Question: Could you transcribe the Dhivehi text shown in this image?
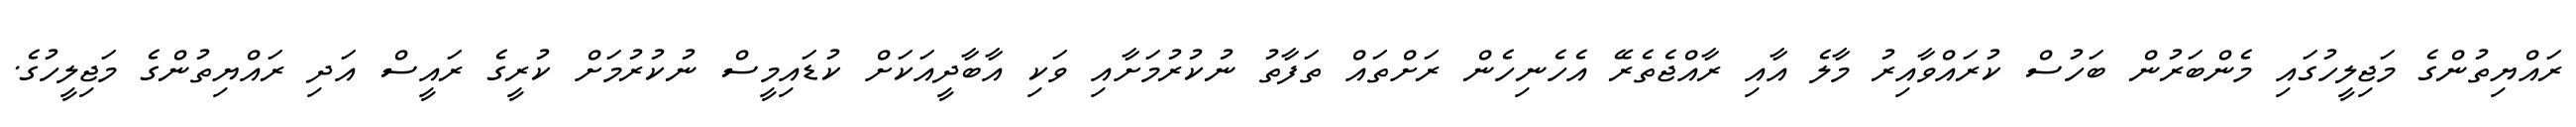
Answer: ރައްޔިތުންގެ މަޖިލީހުގައި މެންބަރުން ބަހުސް ކުރައްވާއިރު މާލެ އާއި ރާއްޖެތެރޭ އެހެނިހެން ރަށްތައް ތަފާތު ނުކުރުމަށާއި ވަކި އާބާދީއަކަށް ކުޑައިމީސް ނުކުރުމަށް ކުރީގެ ރައީސް އަދި ރައްޔިތުންގެ މަޖިލީހުގެ.